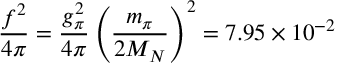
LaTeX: \frac { f ^ { 2 } } { 4 \pi } = \frac { g _ { \pi } ^ { 2 } } { 4 \pi } \left( \frac { m _ { \pi } } { 2 M _ { N } } \right) ^ { 2 } = 7 . 9 5 \times 1 0 ^ { - 2 }